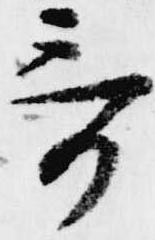
哥